Calcutta medical institutions reports 1871-78
Year: 1871
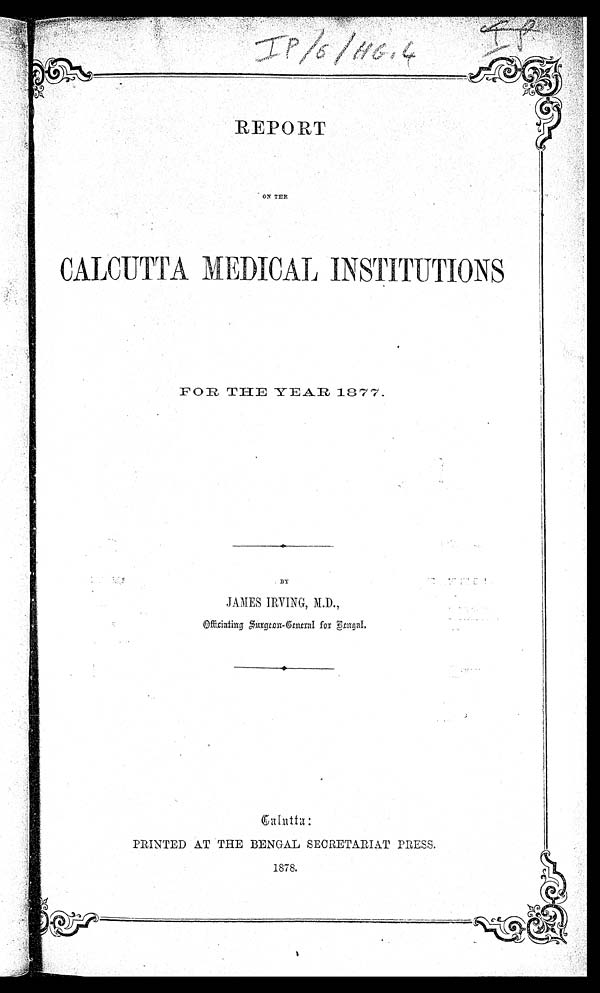
REPORT
CALCUTTA MEDICAL INSTITUTIONS
FOR THE -YEAR, 1877.
BY
JAMES IRVING, M.D.,
Officiating Surgron-General for Bengal.
Calutta:
PRINTED AT THE BENGAL SECRETARIAT PRESS.
1878.